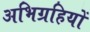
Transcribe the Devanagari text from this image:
अभिग्रहियों